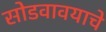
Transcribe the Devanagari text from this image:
सोडवावयाचे